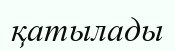
қатылады